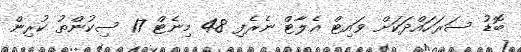
ބޮޑު ސަރަހައްދަކަށް ވައިޓް އެލާޓް ނެރެފި 48 މިނެޓް 17 ސިކުންތު ކުރިން.